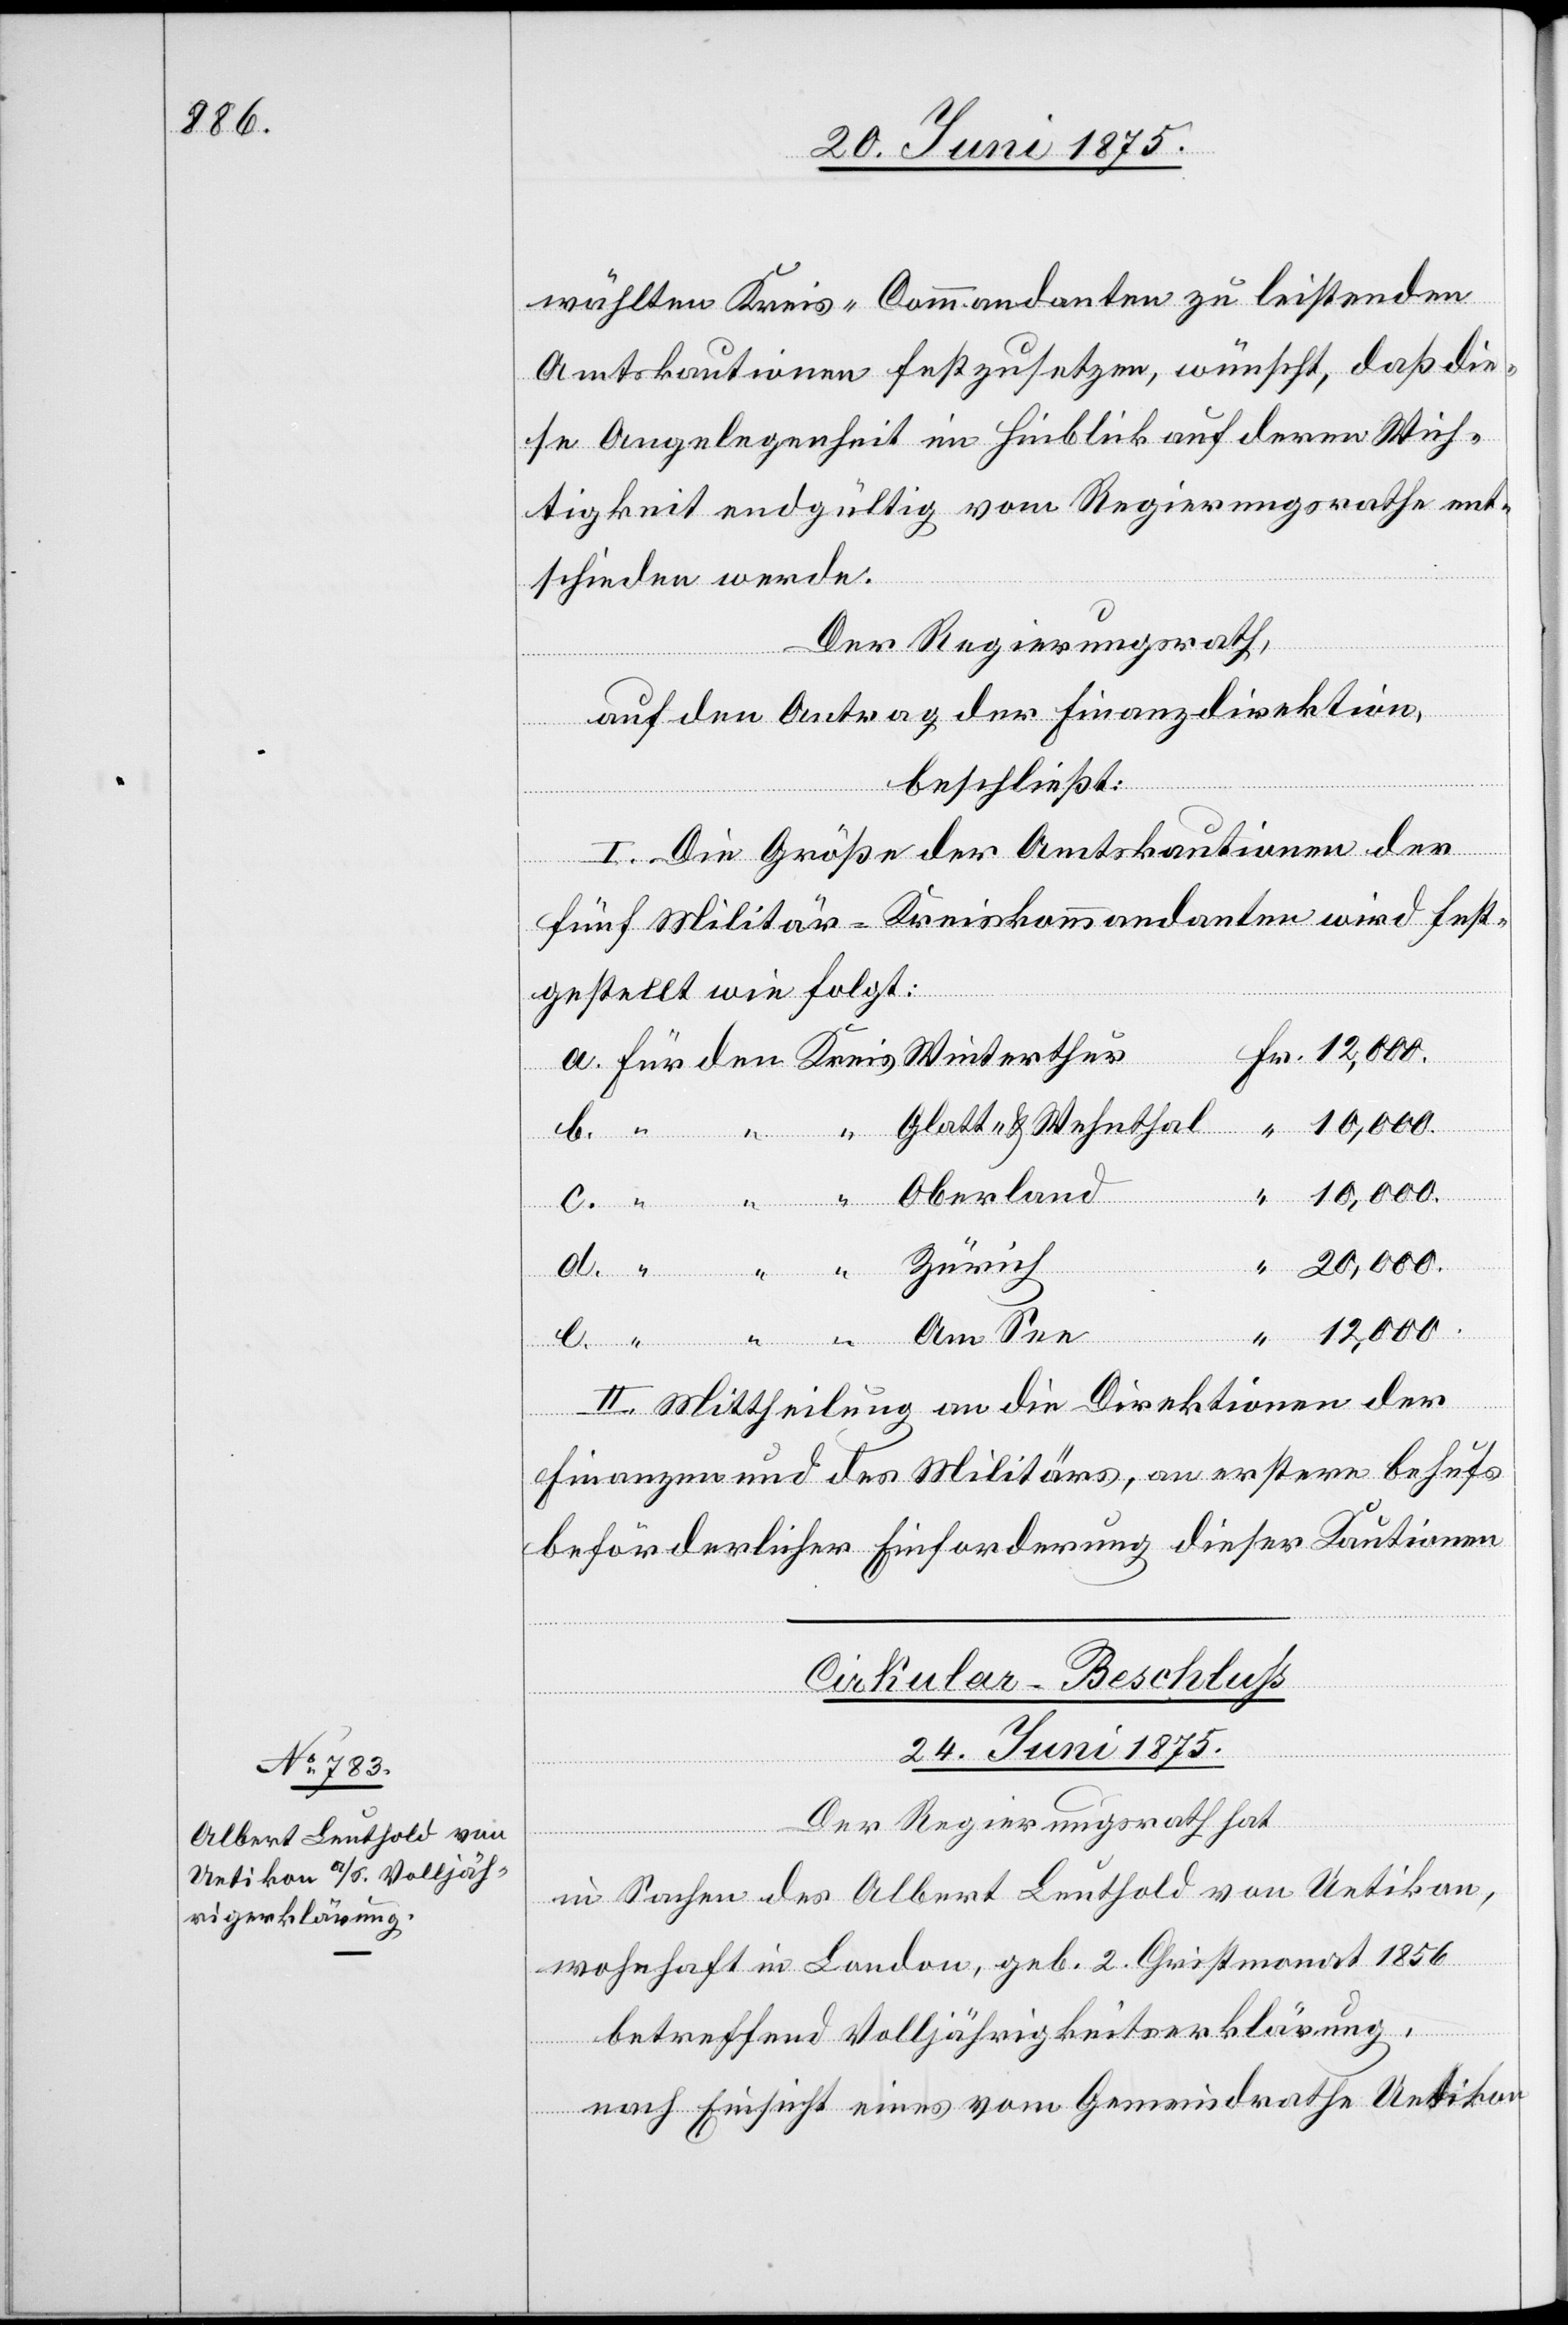
wählten Kreis-Commandanten zu leistenden
Amtskonditionen festzusetzen, wünscht, daß die¬
se Angelegenheit im Hinblick auf deren Wich¬
tigkeit endgültig vom Regierungsrath ent¬
schieden werde.
Der Regierungsrath,
auf den Antrag der Finanzdirektion,
beschließt:
I. Die Größe der Amtskonditionen der
fünf Militär-Kreiskommandanten wird fest¬
gestellt wie folgt:
10,000.
Glatt- & Wehnthal
Fr.
d.
20,000.
Zürich
See
II. Mittheilung an die Direktionen der
Finanzen und des Militärs, an erstere behufs
beförderlicher Einforderung dieser Kautionen.
Cirkular-Beschluß
24. Juni 1875.
“
Der Regierungsrath hat,
Oberland
in Sachen des Albert Leuthold von Uerikon,
wohnhaft in London, geb. 2. Christmonat 1856
betreffend Volljährigkeitserklärung,
ge¬
nach Einsicht eines vom Gemeindrathe Uetikon
Kreis